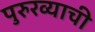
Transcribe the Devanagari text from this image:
पुरुरव्याची